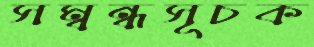
সম্বন্ধসূচক